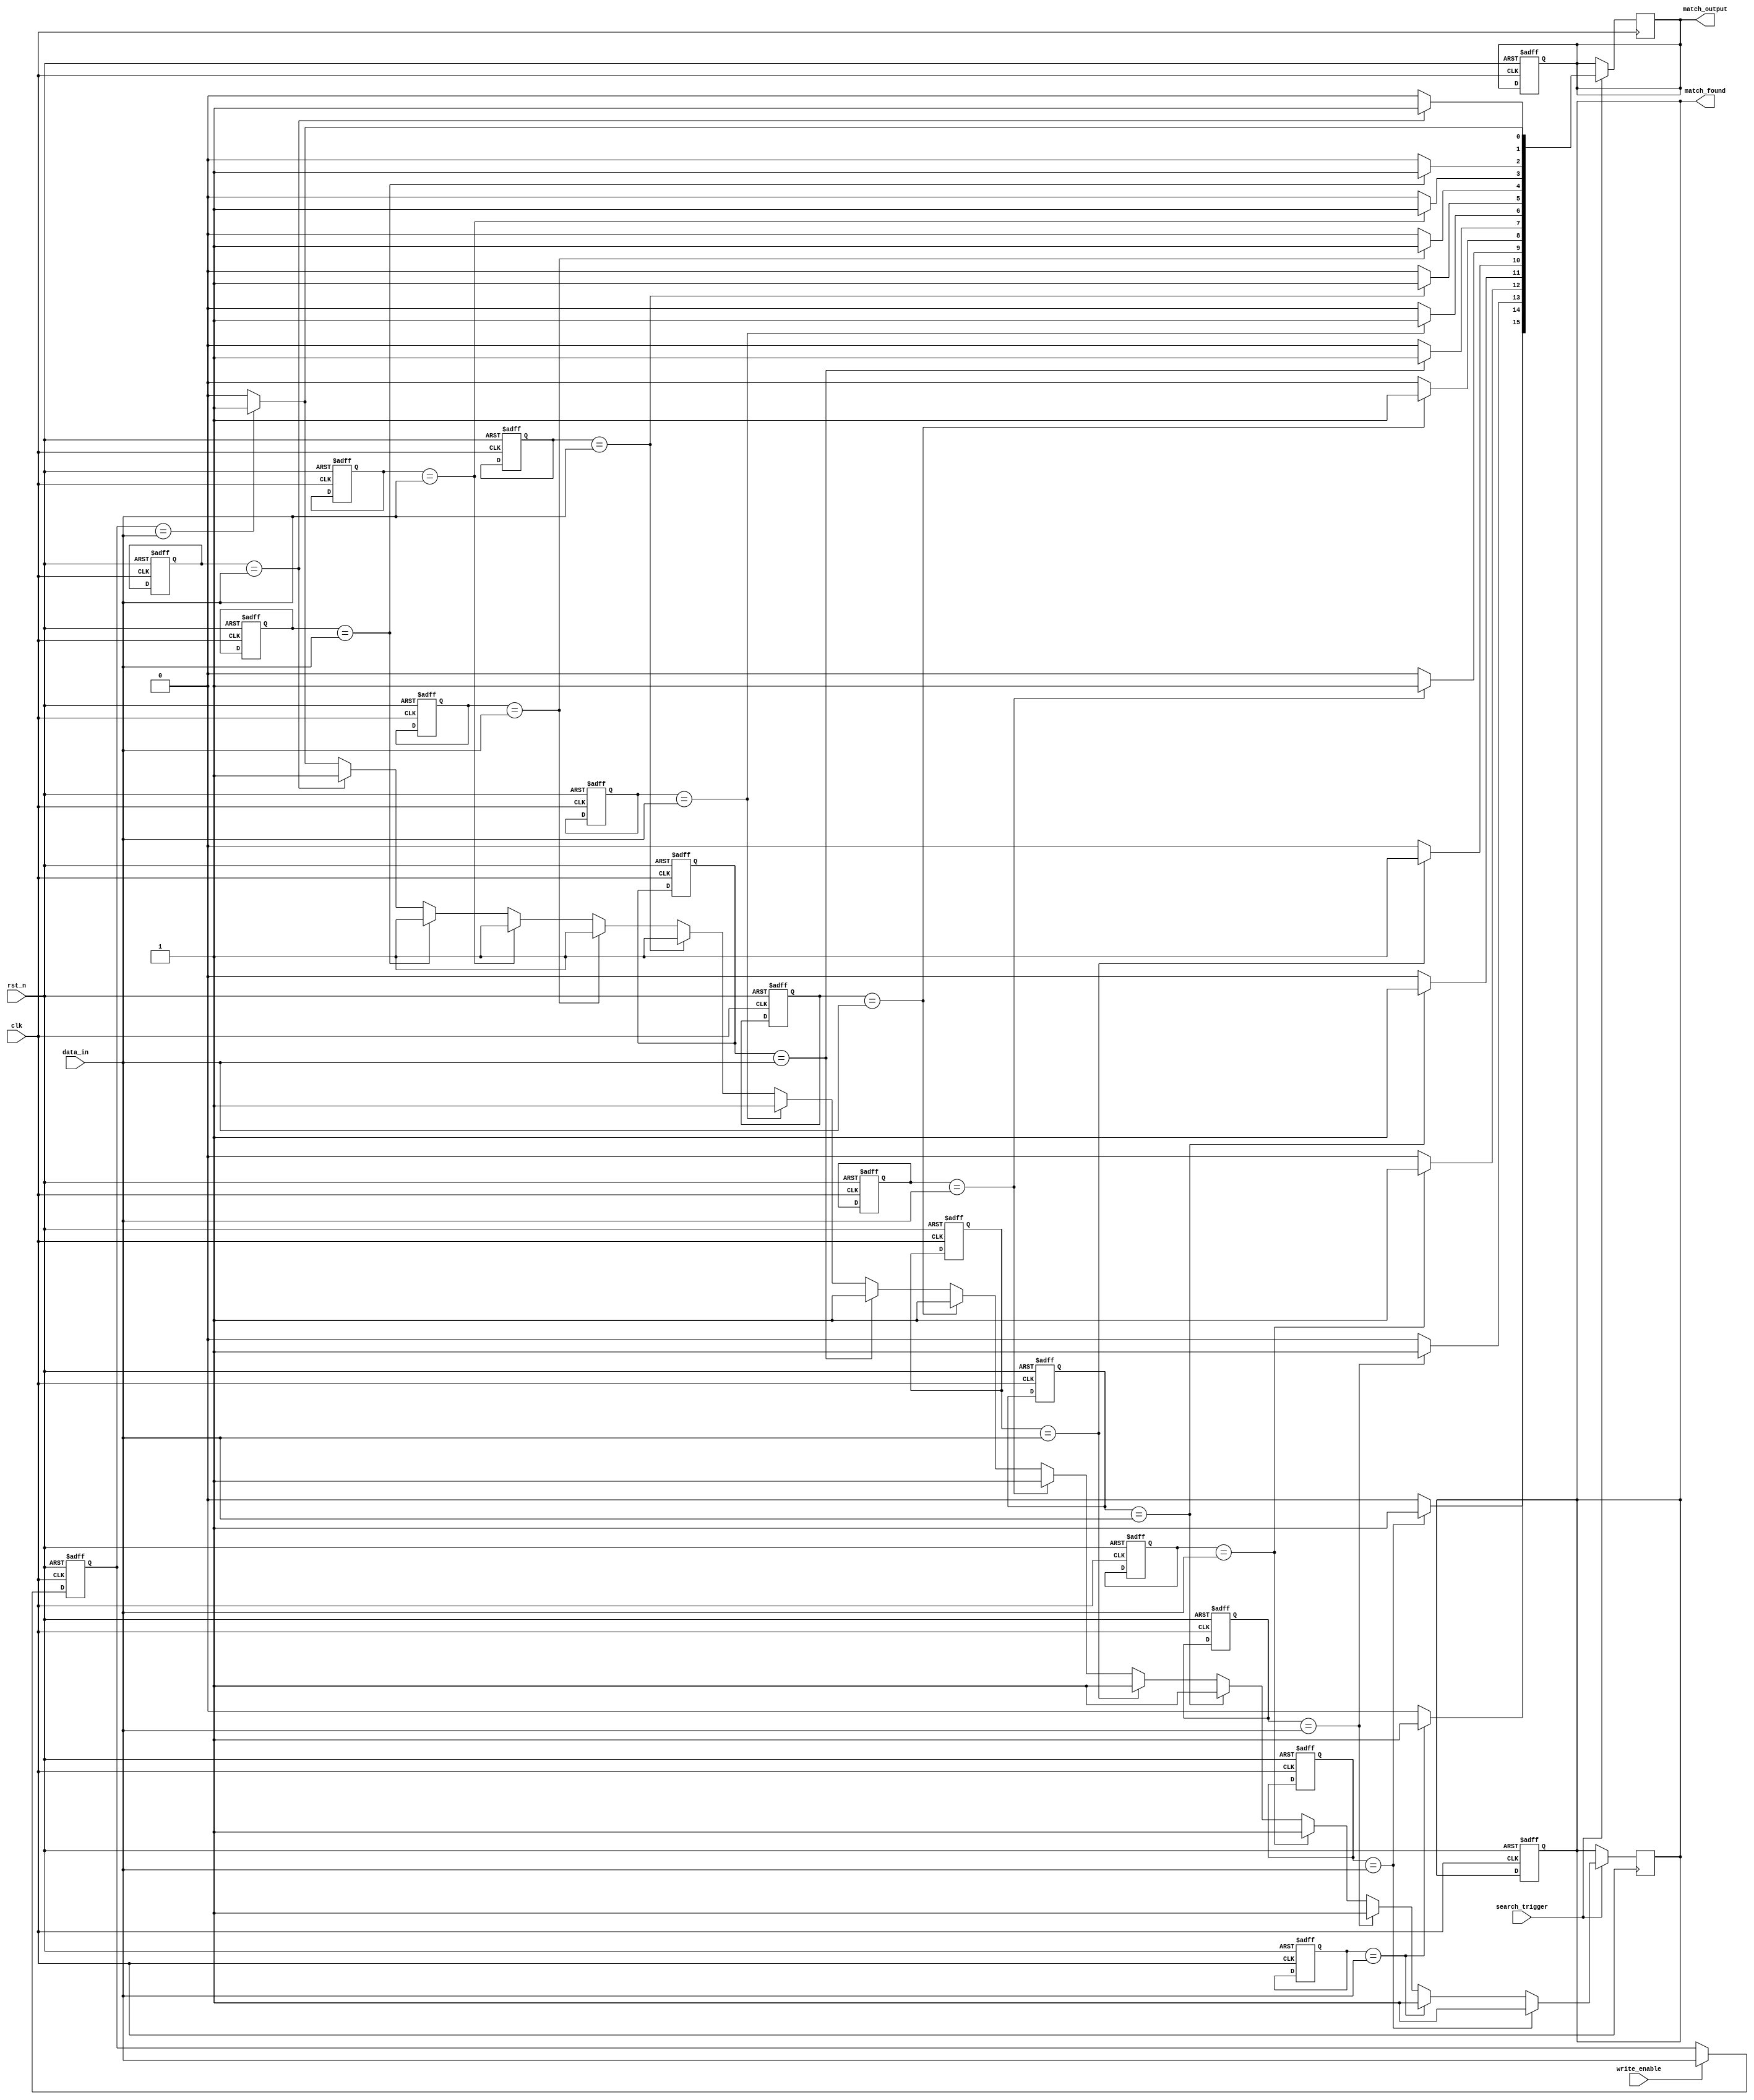
module flash_based_cam #(
    parameter WORD_LENGTH = 8,  // Number of bits per entry
    parameter DEPTH = 16         // Number of entries
)(
    input wire clk,
    input wire rst_n,
    input wire [WORD_LENGTH-1:0] data_in,         // Data input for write/search
    input wire write_enable,                        // Write enable signal
    input wire search_trigger,                      // Search trigger signal
    output reg [DEPTH-1:0] match_output,           // Match output (index of matched entry)
    output reg match_found                          // Match found indicator
);

    // Memory array (flash-based storage)
    reg [WORD_LENGTH-1:0] memory [0:DEPTH-1];

    // Internal signals
    reg [DEPTH-1:0] match_lines;                    // Match lines for each entry
    integer i;

    // Write operation
    always @(posedge clk or negedge rst_n) begin
        if (!rst_n) begin
            // Initialize memory to zero on reset
            for (i = 0; i < DEPTH; i = i + 1) begin
                memory[i] <= {WORD_LENGTH{1'b0}};
            end
            match_output <= {DEPTH{1'b0}};
            match_found <= 1'b0;
        end else if (write_enable) begin
            // Write data to memory (for simplicity, writing to entry 0)
            memory[0] <= data_in; // Update this to write to specific address if needed
        end
    end

    // Search operation
    always @(posedge clk) begin
        if (search_trigger) begin
            match_found <= 1'b0;
            match_output <= {DEPTH{1'b0}};
            match_lines = {DEPTH{1'b0}}; // Clear match lines
            
            // Compare input data with stored entries
            for (i = 0; i < DEPTH; i = i + 1) begin
                if (memory[i] == data_in) begin
                    match_lines[i] = 1'b1; // Set match line if matched
                    match_found <= 1'b1;    // Indicate a match found
                end
            end
            
            // Assign match output based on match lines
            match_output <= match_lines;
        end
    end

endmodule